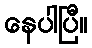
နေပါပြီ။